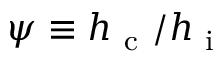
\psi \equiv h _ { \mathrm { ~ c ~ } } / h _ { \mathrm { ~ i ~ } }